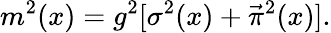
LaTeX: m^{2}(x)=g^{2}[\sigma^{2}(x)+\vec{\pi}^{2}(x)].